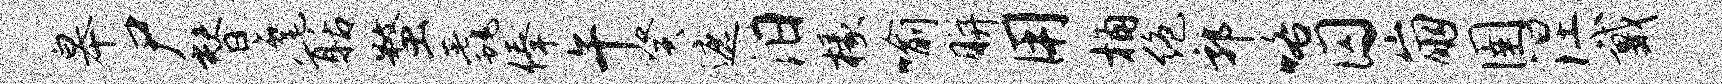
皋尸替麾聒蝥毳俸午癸遮汨椽喻胼用桷绝郭咯囚崩圉涅戴